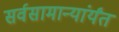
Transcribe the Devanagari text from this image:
सर्वसामान्यांर्यंत